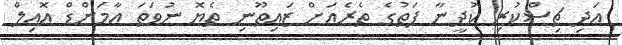
އަދި ޗިސްކުރި ކުދީނާ ފަތުގެ ތެރެއަށް ޒައިތޫނި ތެޔޮ ނުވަތަ އާމަންޑް އޮއިލް